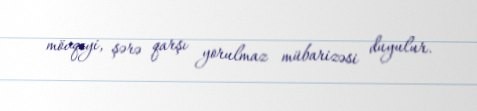
mövqeyi, şərə qarşı yorulmaz mübarizəsi duyulur.